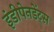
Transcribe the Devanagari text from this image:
इंडीपेनडेंट्स